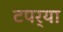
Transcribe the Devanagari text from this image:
टपर्‍या